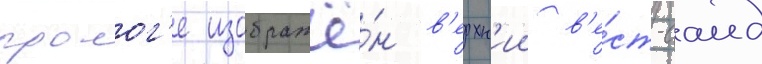
пролог'е изображё́н в'ерхн'ии в'е́ст-саид